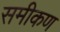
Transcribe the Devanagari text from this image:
समीकण